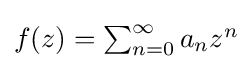
{\textstyle f(z)=\sum _{n=0}^{\infty }a_{n}z^{n}}